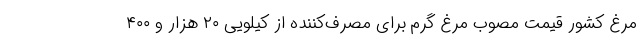
مرغ کشور قیمت مصوب مرغ گرم برای مصرف‌کننده از کیلویی ۲۰ هزار و ۴۰۰